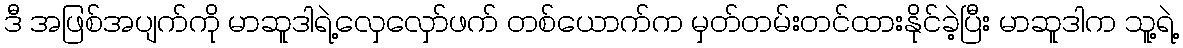
ဒီ အဖြစ်အပျက်ကို မာဆူဒါရဲ့လှေလှော်ဖက် တစ်ယောက်က မှတ်တမ်းတင်ထားနိုင်ခဲ့ပြီး မာဆူဒါက သူ့ရဲ့